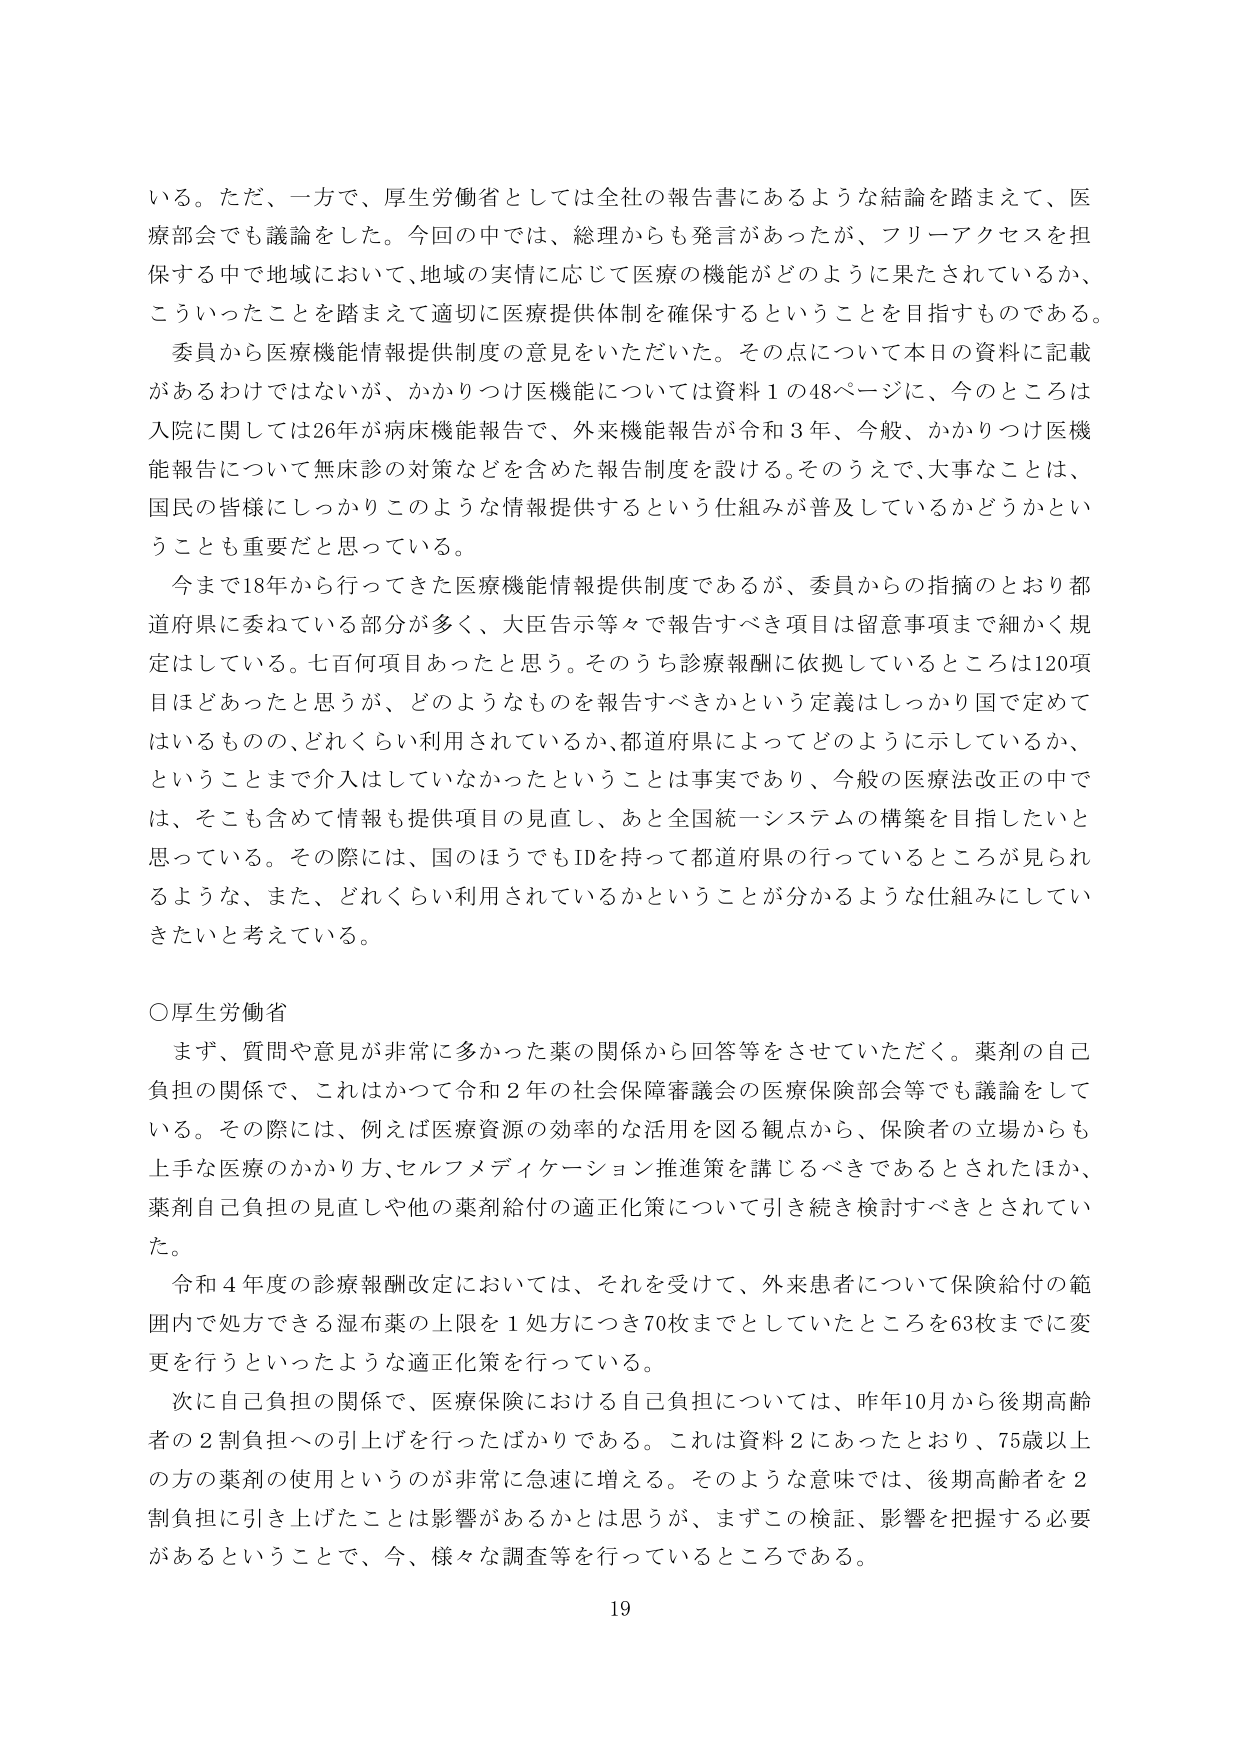
いる。ただ、一方で、厚生労働省としては全社の報告書にあるような結論を踏まえて、医療部会でも議論をした。今回の中では、総理からも発言があったが、フリーアクセスを担保する中で地域において、地域の実情に応じて医療の機能がどのように果たされているか、こういったことを踏まえて適切に医療提供体制を確保することを目指すものである。

委員から医療機能情報提供制度の意見をいただいた。その点について本日の資料に記載があるわけではないが、かかりつけ医機能については資料１の48ページに、今のところは入院に関しては26が病床機能報告で、外来機能報告が令和３年、今般、かかりつけ医機能報告について無床診の対策などを含めた報告制度を設ける。そのうえで、大事なことは、国民の皆様にしっかりこのような情報提供するという仕組みが普及しているかどうかということでも重要だと思っている。

今まで18年から行ってきた医療機能情報提供制度であるが、委員からの指摘のとおり都道府県に委ねている部分が多く、大臣告示等々で報告すべき項目は留意事項まで細かく規定はしている。七百何項目あったと思う。そのうち診療報酬に依拠しているところは120項目ほどあったと思うが、どのようなものを報告すべきかという定義はしっかり国で定めてはいるものの、どれくらい利用されているか、都道府県によってどのように示しているか、ということまで介入はしていなかったということは事実であり、今般の医療法改正の中では、そこも含めて情報も提供項目の見直し、あと全国統一システムの構築を目指したいと思っている。その際には、国のほうでもIDを持って都道府県の行っているところが見られるような、また、どれくらい利用されているかということが分かるような仕組みにしていきたいと考えている。

○厚生労働省

まず、質問や意見が非常に多かった薬の関係から回答等をさせていただく。薬剤の自己負担の関係で、これはかつて令和２年の社会保障審議会の医療保険部会等でも議論をしている。その際には、例えば医療資源の効率的な活用を図る観点から、保険者の立場からも上手な医療のかかり方、セルフメディケーション推進策を講じるべきであるとされたほか、薬剤自己負担の見直しや他の薬剤給付の適正化策について引き続き検討すべきとされていた。

令和４年度の診療報酬改定においては、それを受けて、外来患者について保険給付の範囲内で処方できる湿布薬の上限を１処方につき70枚までとしていたところを63枚までに変更を行うといったような適正化策を行っている。

次に自己負担の関係で、医療保険における自己負担については、昨年10月から後期高齢者の２割負担への引上げを行ったばかりである。これは資料２にあったとおり、75歳以上の方の薬剤の使用というのが非常に急速に増える。そのような意味では、後期高齢者を２割負担に引き上げたことは影響があるかとは思うが、まずこの検証、影響を把握する必要があるということで、今、様々な調査等を行っているところである。

19